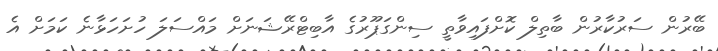
ބޭރުން ސަރުކާރުން ބާތިލް ކޮށްފައިވާތީ ސިންގަޕޫރުގެ އާބިޓްރޭޝަނަށް މައްސަލަ ހުށަހަޅާނެ ކަމަށް އެ